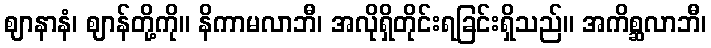
ဈာနာနံ၊ ဈာန်တို့ကို။ နိကာမလာဘီ၊ အလိုရှိတိုင်းရခြင်းရှိသည်။ အကိစ္ဆလာဘီ၊